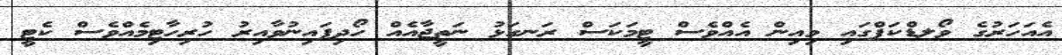
އެއަހަރުގެ ވޯލޑްކަޕްގައި މިއިން އެއްވެސް ޓީމަކަސް ރަނގަޅު ނަތީޖާއެއް ހޯދިފައިނުވާއިރު ހުރިހާޓިމެއްވެސް ކެޓީ